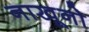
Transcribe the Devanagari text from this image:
नाखूनो